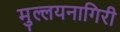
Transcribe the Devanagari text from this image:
मुल्लयनागिरी